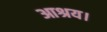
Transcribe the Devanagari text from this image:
आश्रय।